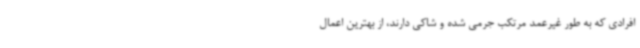
افرادی که به طور غیرعمد مرتکب جرمی شده و شاکی دارند، از بهترین اعمال